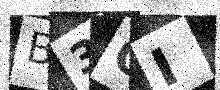
Text: B3GI